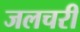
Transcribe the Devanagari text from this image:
जलचरी